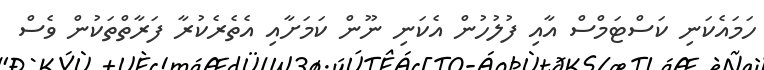
ހަމައެކަނި ކަސްޓަމްސް އާއި ފުލުހުން އެކަނި ނޫން ކަމަށާއި އެތެރެކުރާ ފަރާތްތަކުން ވެސް